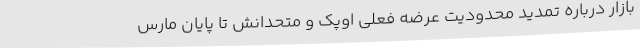
بازار درباره تمدید محدودیت عرضه فعلی اوپک و متحدانش تا پایان مارس